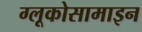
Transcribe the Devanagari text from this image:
ग्लूकोसामाइन